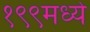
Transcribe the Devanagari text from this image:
१९९मध्ये